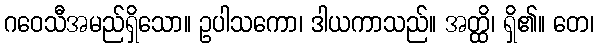
ဂဝေသီအမည်ရှိသော။ ဥပါသကော၊ ဒါယကာသည်။ အတ္ထိ၊ ရှိ၏။ တေ၊